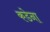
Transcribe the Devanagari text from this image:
कडेना